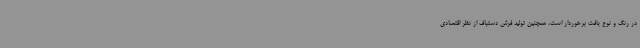
در رنگ و نوع بافت برخوردار است، همچنین تولید فرش دستباف از نظر اقتصادی